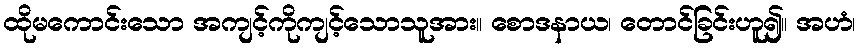
ထိုမကောင်းသော အကျင့်ကိုကျင့်သောသူအား။ စောဒနာယ၊ တောင်ခြင်းဟူ၍။ အဟံ၊